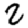
Digit: 2